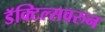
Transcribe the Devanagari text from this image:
डॅक्टिल्सवरुन